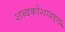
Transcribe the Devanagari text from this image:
शब्दकोशाबद्दल